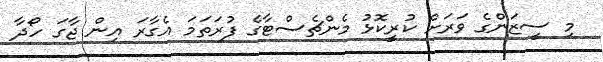
މި ސީޒަންގެ ވަރަށް ކުރީކޮޅު މެންޗެސްޓާގެ ފުރަތަމަ އެގާރަ އިން ޖާގަ ހޯދާ